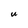
Character: U